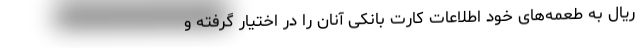
ریال به طعمه‌های خود اطلاعات کارت بانکی آنان را در اختیار گرفته و